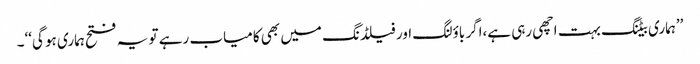
’’ہماری بیٹنگ بہت اچھی رہی ہے،اگر باؤلنگ اور فیلڈنگ میں بھی کامیاب رہے تو یہ فتح ہماری ہو گی‘‘۔